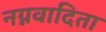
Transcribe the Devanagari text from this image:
नग्नवादिता